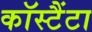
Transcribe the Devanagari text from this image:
कॉस्टैंटा